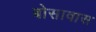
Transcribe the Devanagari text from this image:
बोसावास